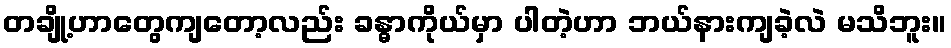
တချို့ဟာတွေကျတော့လည်း ခန္ဓာကိုယ်မှာ ပါတဲ့ဟာ ဘယ်နားကျခဲ့လဲ မသိဘူး။